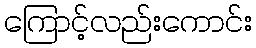
ကြောင့်လည်းကောင်း